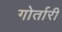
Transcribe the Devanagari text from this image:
गोर्तारी